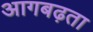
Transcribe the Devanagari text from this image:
आगबढ़ता